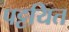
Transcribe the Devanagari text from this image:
पट्टयित